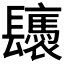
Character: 𨳀